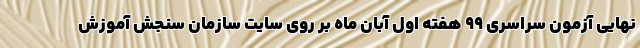
نهایی آزمون سراسری ۹۹ هفته اول آبان ماه بر روی سایت سازمان سنجش آموزش